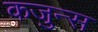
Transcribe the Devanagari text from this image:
कजुन्स